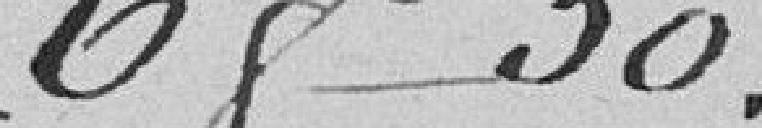
6 f 50